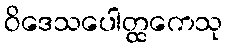
ဝိဒေသပေါတ္ထကေသု